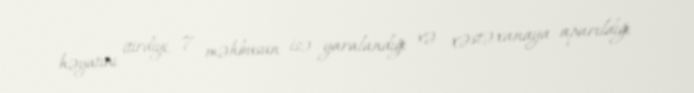
həyatını itirdiyi, 7 məhbusun isə yaralandığı və xəstəxanaya aparıldığı